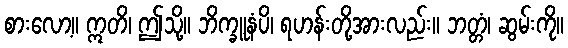
စားလော့။ ဣတိ၊ ဤသို့။ ဘိက္ခူနံပိ၊ ရဟန်းတို့အားလည်း။ ဘတ္တံ၊ ဆွမ်းကို။